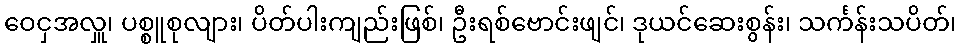
ဝေငှအလှူ၊ ပစ္စူစုလျား၊ ပိတ်ပါးကျည်းဖြစ်၊ ဦးရစ်ဗောင်းဖျင်၊ ဒုယင်ဆေးစွန်း၊ သင်္ကန်းသပိတ်၊